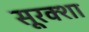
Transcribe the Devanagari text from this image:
सूरक्शा